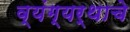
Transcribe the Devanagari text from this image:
व्यंग्यर्थाचे